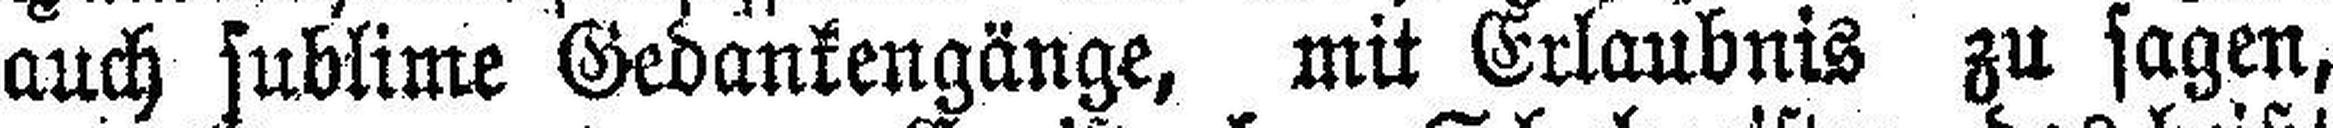
auch sublime Gedankengänge, mit Erlaubnis zu sagen,